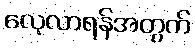
လေ့လာရန်အတွက်